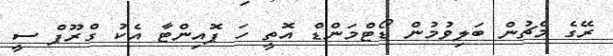
ރޭގެ މެޗުން ބަލިވުމުން ޑޯޓްމަންޑް އޮތީ ހަ ޕޮއިންޓާ އެކު ގްރޫޕް ސީ